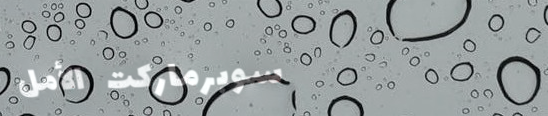
سوبرماركت الأمل